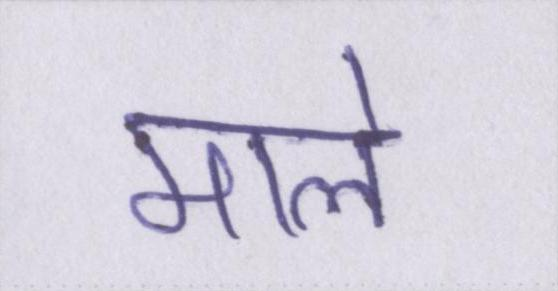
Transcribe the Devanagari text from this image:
माले